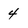
Character: 4